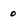
Character: 0